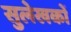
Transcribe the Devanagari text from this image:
सुलेखकों